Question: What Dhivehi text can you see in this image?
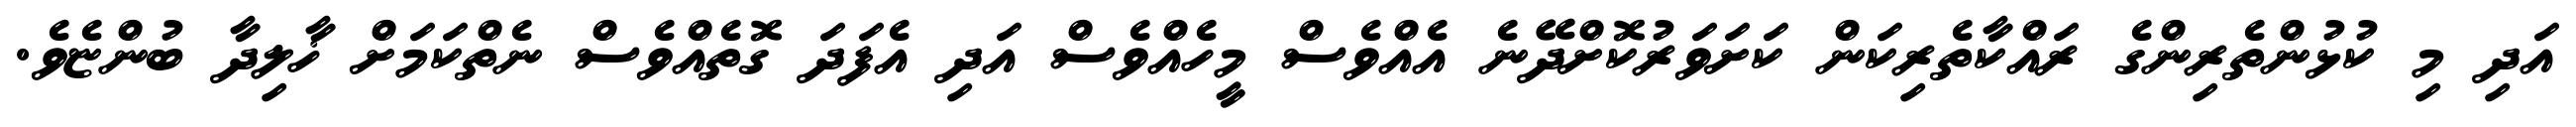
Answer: އަދި މި ކުޅުންތެރިންގެ ރައްކާތެރިކަން ކަށަވަރުކޮށްދޭނެ އެއްވެސް މީހެއްވެސް އަދި އެފަދަ ގޮތެއްވެސް ނެތްކަމަށް ޚާލިދާ ބުންޏެވެ.